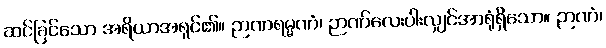
ဆင်ခြင်သော အရိယာအရှင်၏။ ဉာဏရမ္မဏံ၊ ဉာဏ်လေးပါးလျှင်အာရုံရှိသော။ ဉာဏံ၊